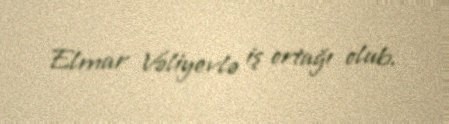
Elmar Vəliyevlə iş ortağı olub.